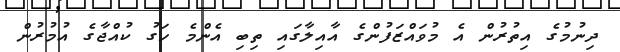
ދިނުމުގެ އިތުރުން އެ މުވައްޒަފުންގެ އާއިލާގައި ތިބި އެންމެ ހަގު ކުއްޖާގެ އުމުރުން